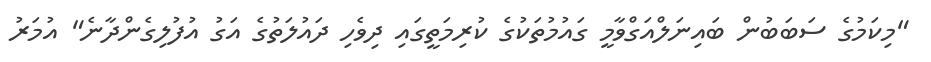
"މިކަމުގެ ސަބަބުން ބައިނަލްއަގްވާމީ ގައުމުތަކުގެ ކުރިމަތީގަައި ދިވެހި ދައުލަތުގެ އަގު އުފުލިގެންދާނެ" އުމަރު